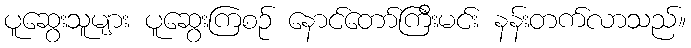
ပူဆွေးသူများ ပူဆွေးကြစဉ် နောင်တော်ကြီးမင်း နန်းတက်လာသည်။